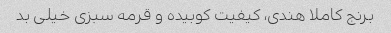
برنج کاملا هندی، کیفیت کوبیده و قرمه سبزی خیلی بد